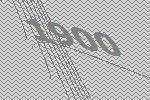
1900